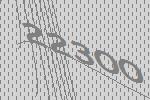
22300